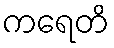
ကရေတိ